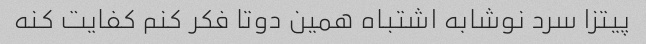
پیتزا سرد نوشابه اشتباه همین دوتا فکر کنم کفایت کنه